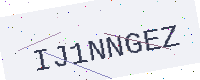
Text: IJ1NNGEZ